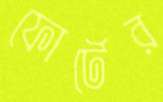
ফোর্টের